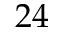
2 4